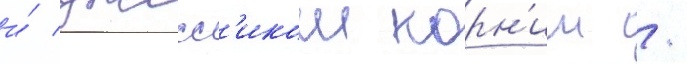
и́ джесс'икои корн'иш /